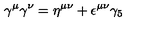
\gamma ^ { \mu } \gamma ^ { \nu } = \eta ^ { \mu \nu } + \epsilon ^ { \mu \nu } \gamma _ { 5 }